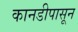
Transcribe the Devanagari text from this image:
कानडीपासून